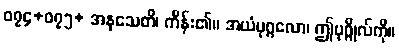
၀၇၄+၀၇၅+ အနုသေတိ၊ ကိန်း၏။ အယံပုဂ္ဂလော၊ ဤပုဂ္ဂိုလ်ကို။